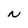
Character: N